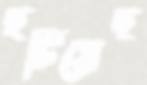
হটিয়েছ